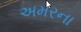
અમરના